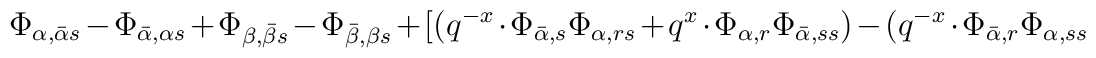
\Phi_{\alpha, \bar \alpha s} - \Phi_{\bar \alpha, \alpha s} + \Phi_{\beta, \bar \beta s} - \Phi_{\bar \beta, \beta s} + [(q^{-x} \cdot \Phi_{\bar \alpha,s}\Phi_{\alpha, rs} + q^x \cdot \Phi_{\alpha, r} \Phi_{\bar \alpha, ss}) - (q^{-x} \cdot \Phi_{\bar \alpha, r} \Phi_{\alpha, ss}